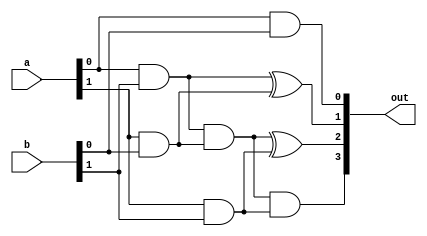
module vedic_multiplier_2bit(
    input [1:0] a,
    input [1:0] b,
    output [3:0] out
);
wire w1 = a[0] & b[1];
wire w2 = a[1] & b[0];
wire w3 = w1 & w2;
wire w4 = a[1] & b[1];

assign out[0] = a[0] & b[0];
assign out[1] = w1 ^ w2;
assign out[2] = w3 ^ w4;
assign out[3] = w3 & w4;

endmodule